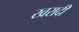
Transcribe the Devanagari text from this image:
खरादी